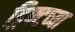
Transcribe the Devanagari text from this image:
ड्रिफ्टच्या